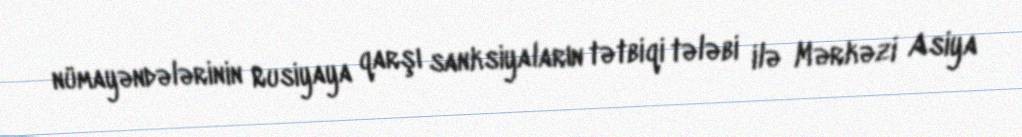
nümayəndələrinin Rusiyaya qarşı sanksiyaların tətbiqi tələbi ilə Mərkəzi Asiya